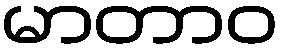
မာတာဝ